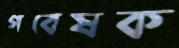
গবেষক